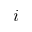
i